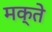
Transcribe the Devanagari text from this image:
मक्ते